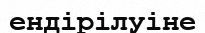
ендірілуіне